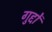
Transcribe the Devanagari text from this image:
गुद्दों